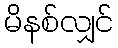
မိနစ်လျှင်